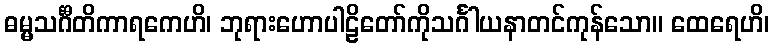
ဓမ္မသင်္ဂီတိကာရကေဟိ၊ ဘုရားဟောပါဠိတော်ကိုသင်္ဂါယနာတင်ကုန်သော။ ထေရေဟိ၊